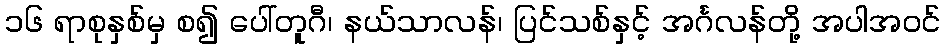
၁၆ ရာစုနှစ်မှ စ၍ ပေါ်တူဂီ၊ နယ်သာလန်၊ ပြင်သစ်နှင့် အင်္ဂလန်တို့ အပါအဝင်